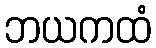
ဘယကထံ